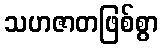
သဟဇာတဖြစ်စွာ